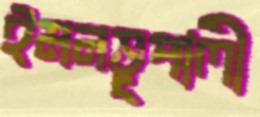
ইমনভূপালী